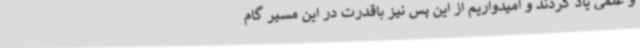
و علمی یاد کردند و امیدواریم از این پس نیز باقدرت در این مسیر گام